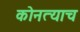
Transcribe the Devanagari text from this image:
कोनत्याच